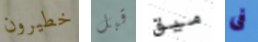
خطيرون قبل ميق فى